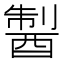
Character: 𨡐